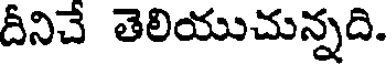
దీనిచే తెలియుచున్నది.